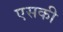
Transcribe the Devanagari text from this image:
एसकी